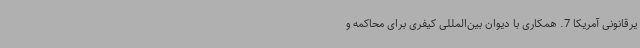
یرقانونی آمریکا 7. همکاری با دیوان بین‌المللی کیفری برای محاکمه و